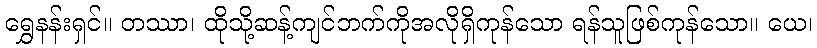
ရွှေနန်းရှင်။ တဿာ၊ ထိုသို့ဆန့်ကျင်ဘက်ကိုအလိုရှိကုန်သော ရန်သူဖြစ်ကုန်သော။ ယေ၊